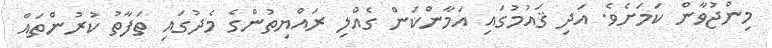
މިންޖުވާން ކަމަށެވެ. އަދި ޤައުމުގައި އަމާންކަން ގެއްލި ރައްޔިތުންގެ މެދުގައި ތަފާތު ކުރުންތައް